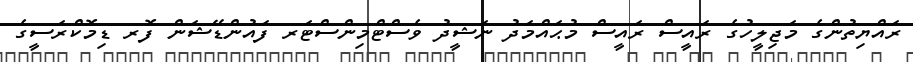
ރައްޔިތުންގެ މަޖިލީހުގެ ރައީސް ރައީސް މުޙައްމަދު ނަޝީދު ވެސްޓްމިންސްޓަރ ފައުންޑޭޝަން ފޮރ ޑިމޮކްރަސީގެ